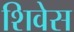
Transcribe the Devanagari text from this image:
शिवेस